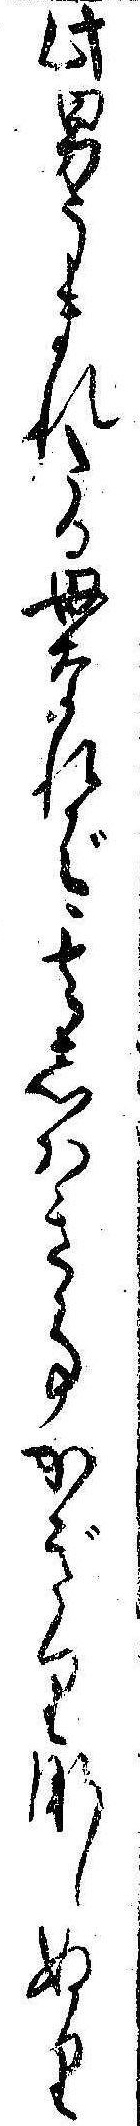
此男うまれたる母なれば其しはき事かぎりなしぬり